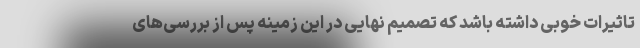
تاثیرات خوبی داشته باشد که تصمیم نهایی در این زمینه پس از بررسی‌های